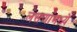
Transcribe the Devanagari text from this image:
लसणामध्ये